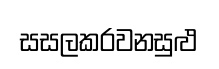
සසලකරවනසුළු